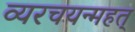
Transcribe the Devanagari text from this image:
व्यरचयन्महत्